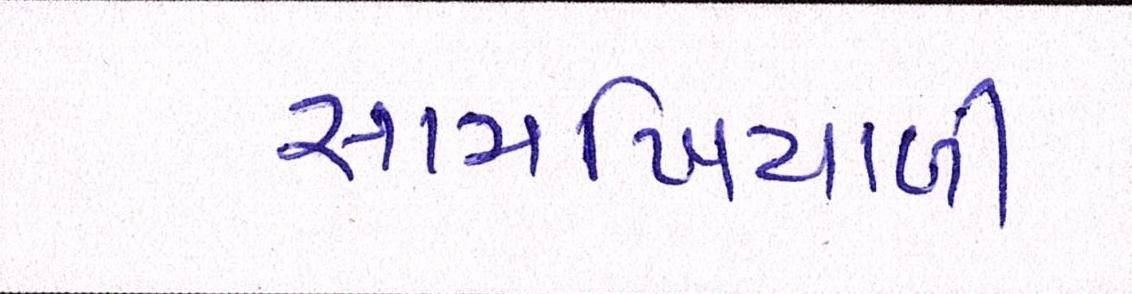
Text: સામખિયાળી